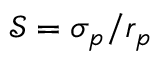
\mathcal { S } = \sigma _ { p } / r _ { p }